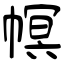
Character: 幎